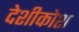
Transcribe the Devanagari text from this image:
देशीकोश